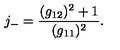
j _ { - } = \frac { ( g _ { 1 2 } ) ^ { 2 } + 1 } { ( g _ { 1 1 } ) ^ { 2 } } .